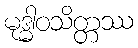
မုဒ္ဓါဝသိတ္တဿ